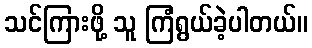
သင်ကြားဖို့ သူ ကြံရွယ်ခဲ့ပါတယ်။